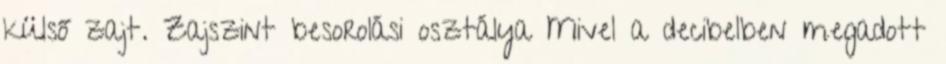
külső zajt. Zajszint besorolási osztálya Mivel a decibelben megadott